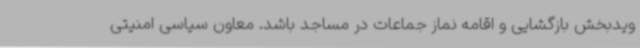
ویدبخش بازگشایی و اقامه نماز جماعات در مساجد باشد. معاون سیاسی امنیتی